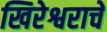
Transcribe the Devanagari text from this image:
खिरेश्वराचे